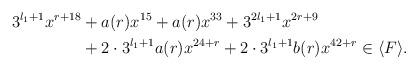
LaTeX: \begin{align*} \begin{aligned} 3^{l_1+1}x^{r + 18 } &+ a(r)x^{15} + a(r) x^{33} +3^{2l_1+1}x^{2r+9} \\ &+ 2 \cdot 3^{l_1+1} a(r) x^{24+r} + 2 \cdot 3^{l_1+1} b(r) x^{42 + r} \in \langle F \rangle . \end{aligned}\end{align*}